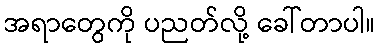
အရာတွေကို ပညတ်လို့ ခေါ်တာပါ။